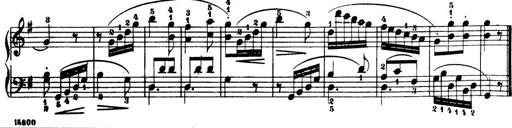
Title: 32 Sonatinas and Rondos for the Piano
Composer: Richard Kleinmichel